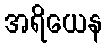
အရိယေန